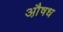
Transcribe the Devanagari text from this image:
औ़षध